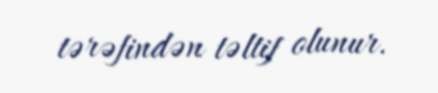
tərəfindən təltif olunur.